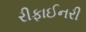
રીફાઈનરી